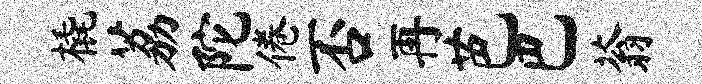
橇荔陀倦否再芭巴蓊